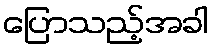
ပြောသည့်အခါ